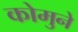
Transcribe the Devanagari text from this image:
कोमुने